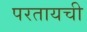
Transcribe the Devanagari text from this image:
परतायची